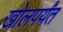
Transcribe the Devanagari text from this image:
खोलपर्यंत